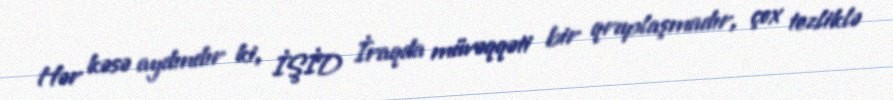
Hər kəsə aydındır ki, İŞİD İraqda müvəqqəti bir qruplaşmadır, çox tezliklə